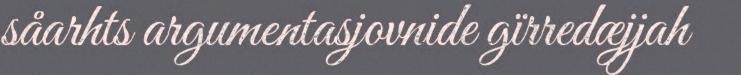
såarhts argumentasjovnide gïrredæjjah